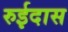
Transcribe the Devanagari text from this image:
रुईदास